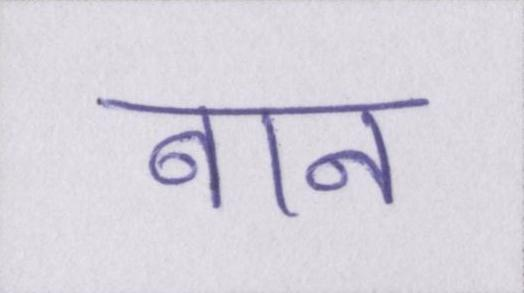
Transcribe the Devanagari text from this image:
बान